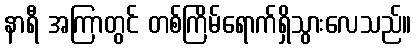
နာရီ အကြာတွင် တစ်ကြိမ်ရောက်ရှိသွားလေသည်။